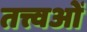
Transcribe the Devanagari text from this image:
तत्त्वओं